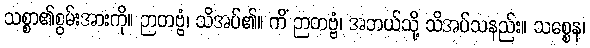
သစ္စာ၏စွမ်းအားကို။ ဉာတဗ္ဗံ၊ သိအပ်၏။ ကိံ ဉာတဗ္ဗံ၊ အဘယ်သို့ သိအပ်သနည်း။ သစ္စေန၊